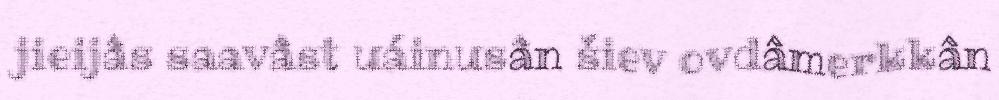
jieijâs saavâst uáinusân šiev ovdâmerkkân